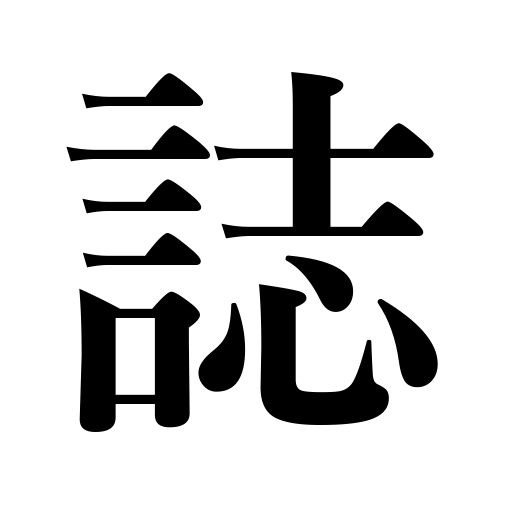
Meanings: records,document,magazine